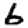
Digit: 6